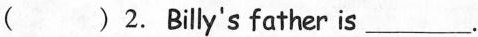
( )2.Billy's father is ___.